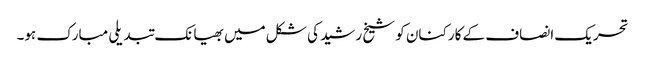
تحریک انصاف کے کارکنان کو شیخ رشید کی شکل میں بھیانک تبدیلی مبارک ہو۔